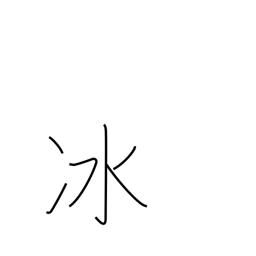
Meaning: hail